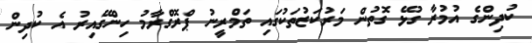
ކުދިންގެ އުމުރާ ގުޅޭ ގޮތުން މަރުކަޒުތަކުގައި ތަމްރީނު ޕްރޮގްރާމު ހިންގޭއިރު އެ ކުދިން